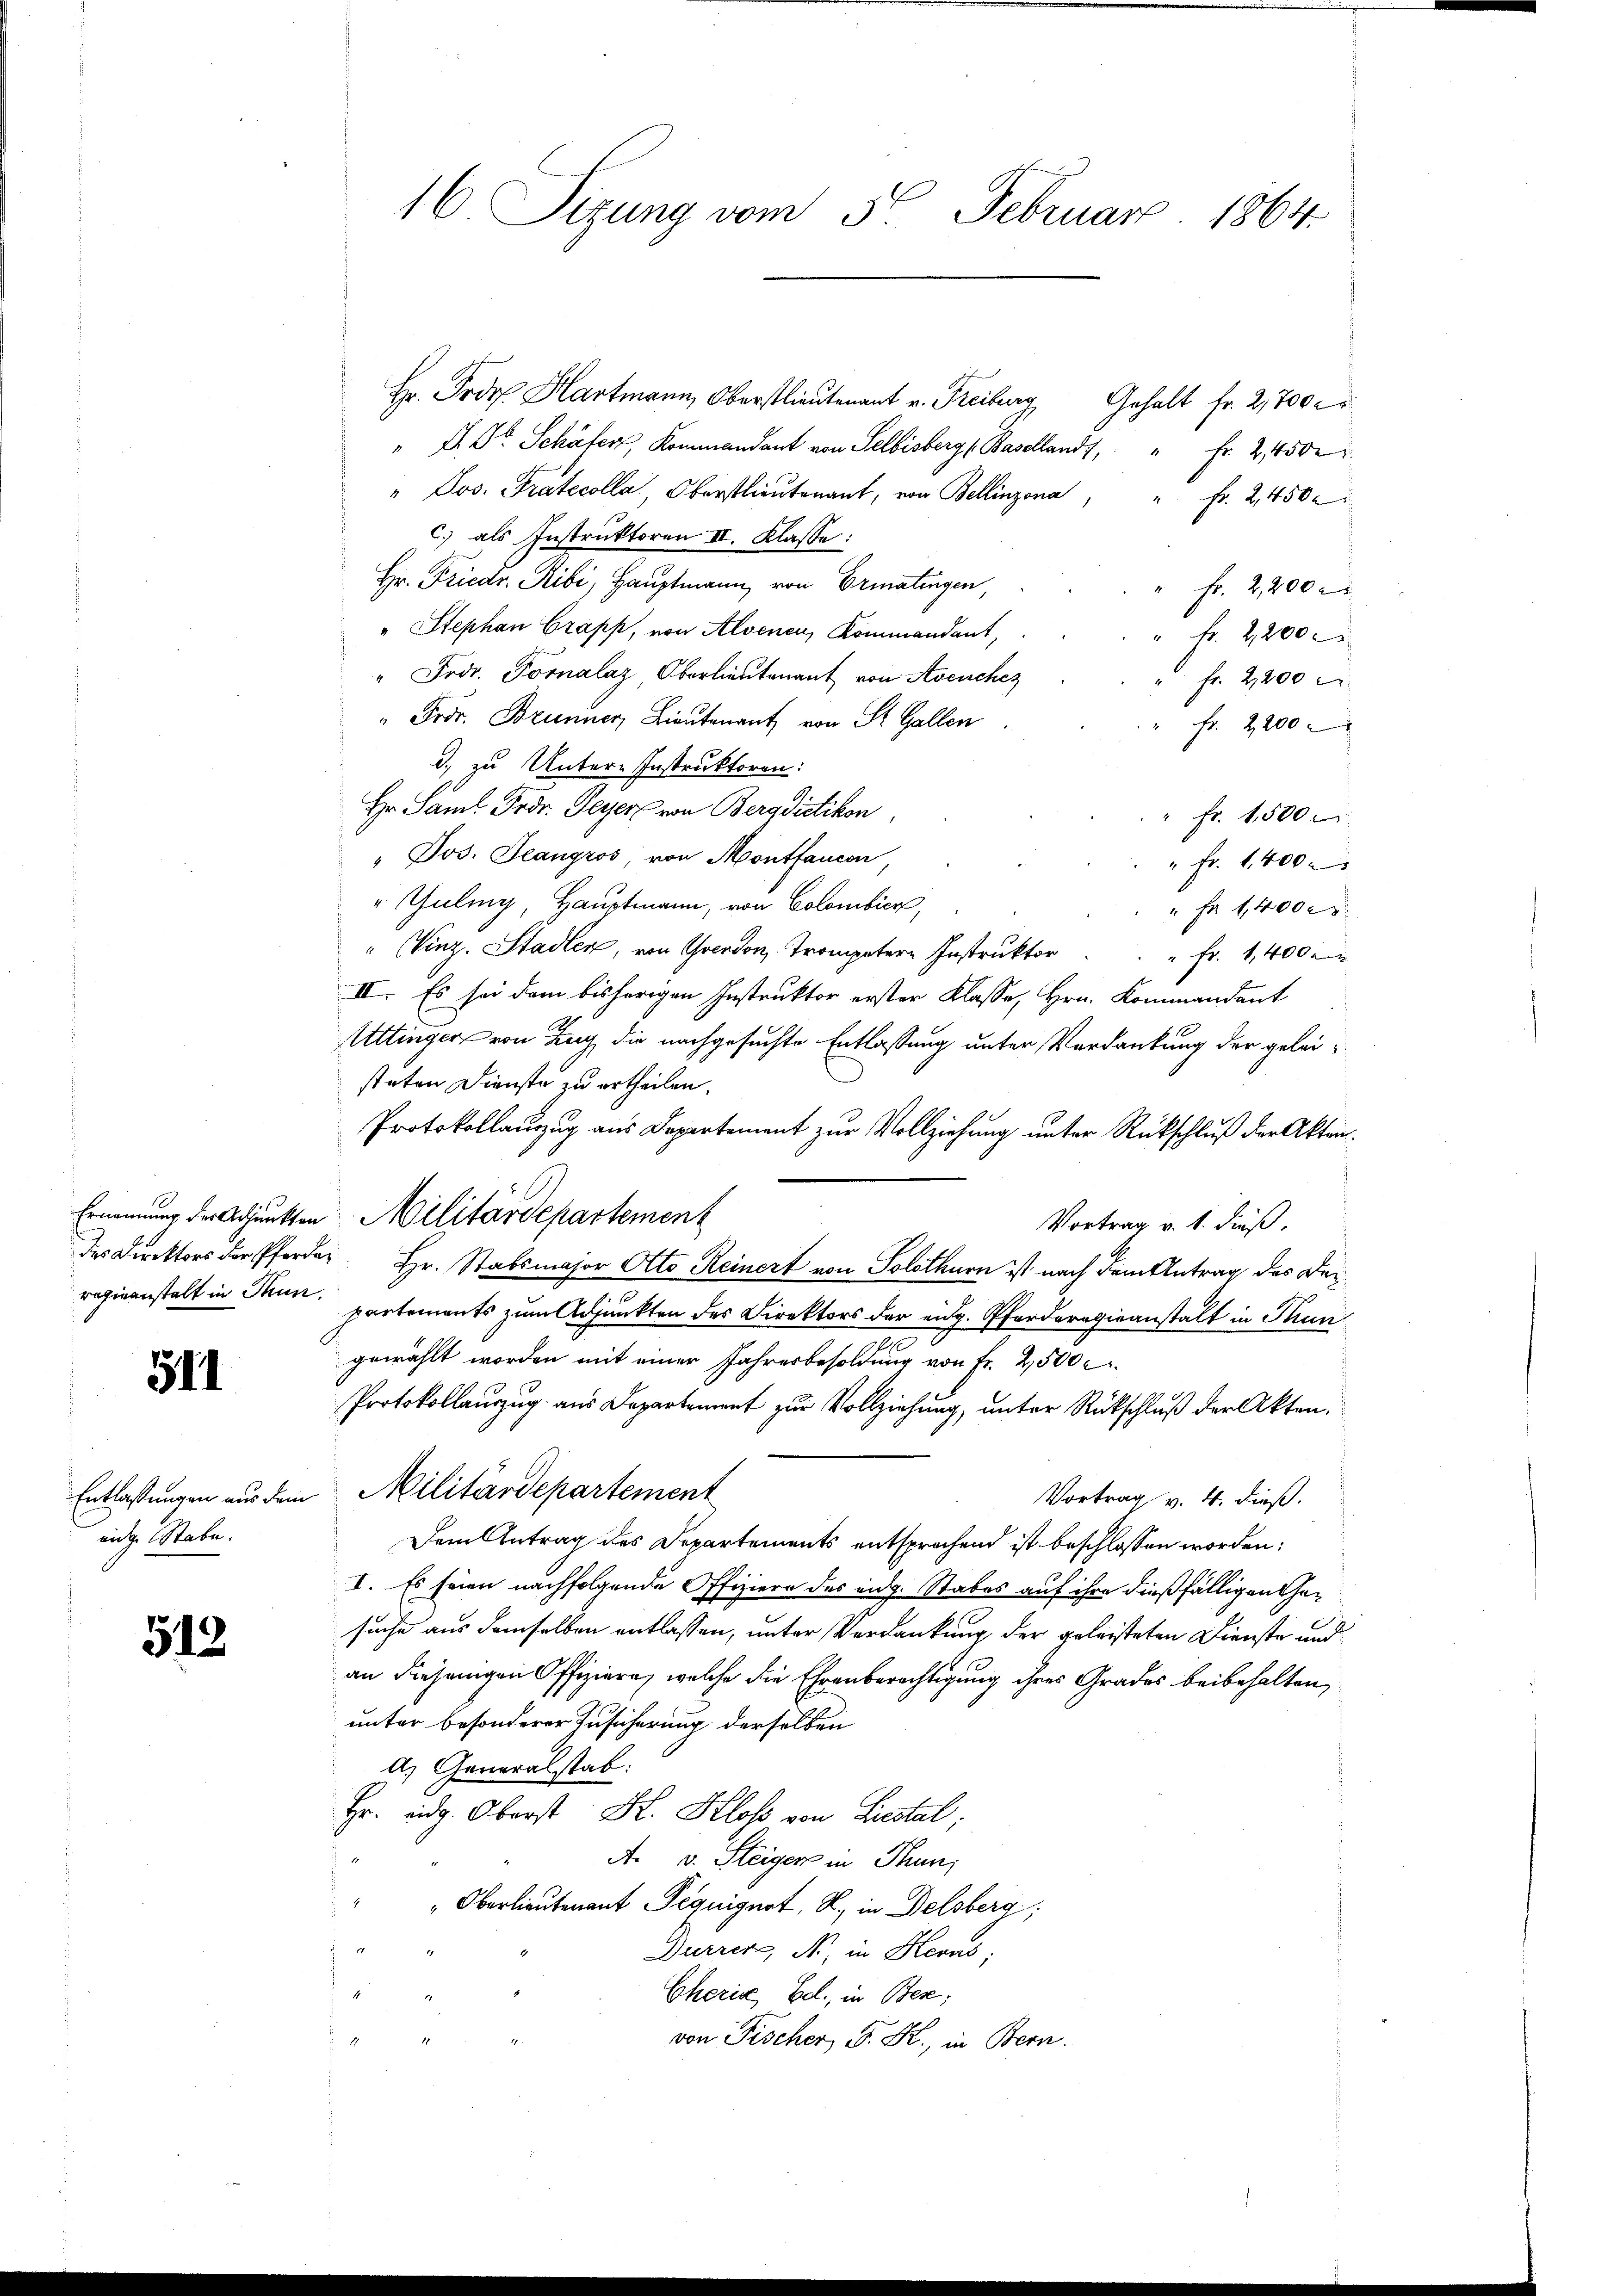
511

eidige Stabe.

512

Ham Oberstlieutenant v. Freiburg Gehalt fr. 2,700
" Dr. Dr. Schäfer, Kommandant von Selbisberg (Basellands, " Fr. 2, 450.
" Jos. Protocolla, Oberstlieutenant, von Bellinzona
Fr. 2, 450 c
c.) als Instruktoren II. Klasse:
Hr. Friedr. Ribi, Hauptmann von Ermatingen,
Fr. 2,200 r
" Stephan Crapp, von Alvenen, Kommandant,
Fr. 2,2005
Frdr. Foralaz, Oberlieutenant von Avenchez
fr. 2,200 l.
" Fros. Brunner, Lieutenant von St. Gallen
fr. 2200
d. zu Unter-Instruktoren:
Hr. Saml Frdr. Peyer von Bergdictikon
" fr. 1500
" Jos. Jeangros, von Montfaucon,
" fr. 1400.
"Guling, Hauptmann, von Colombier,
" Fr. 1400 c
" Vinz. Stadler, von Yverdon, Trompeter Instruktor
" Fr. 1,400
II. Es sei dem bisherigen Instruktor erster Klasse, Hrn. Kommandant
Uttinger von Zug die nachgesuchte Entlassung unter Verdankung der geleisteten Dienste zu ertheilen.
Protokollauszug aus Departement zur Vollziehung unter Rückschluß der Akten.
Ernennung der Adjunkten Militärdepartement
Vortrag v. 1. dieß.
des Direktors der Pferden. Hr. Stabsmajor Otto Reinert von Solothurn ist nach dem Antrag des Deregieanstalt in Tun partements zum Adjunkten des Direktors der eidg. Pferderogieanstalt in Thun
gewählt worden mit einer Jahresbesoldung von Fr. 2500
Protokollauzug aus Departement zur Vollziehung, unter Rückschluß der Akten.
Entlassungen aus dem Militärdepartement
Vortrag v. 4. dieß.
Dem Antrag des Departements entsprochend ist beschlossen worden:
I. Es seien nachfolgende Offiziere des eidg. Stabes auf ihre dießfälligen Gesuche aus demselben entlassen, unter Verdankung der geleisteten Dienste und
an diejenigen Offiziere, welche die Ehrenberechtigung ihres Grades beibehalten,
unter besonderer Zusicherung derselben
d Generalstab.
Hr. eidg. Oberst K. Klos von Liestal,
.
A. v. Steiger in Thun,
" Oberlieutenant Peguignot, R. in Delsberg;
Durrer, N. in Heras;
Cheris, Ed., in Ber;
von Fischer, S. R., in Bern.

16 Sizung vom 5. Februar 1864.